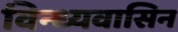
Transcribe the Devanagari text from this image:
विन्ध्यवासिन